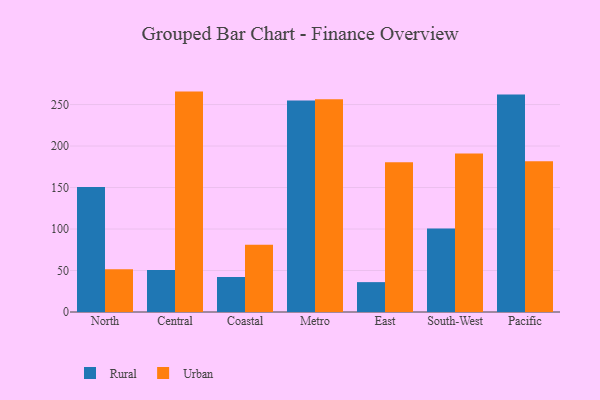
{"axis": {"x": "Region", "y": "Energy Usage (MWh)"}, "legend": ["Rural", "Urban"], "data": [{"x": "North", "y": 150.5, "type": "Rural"}, {"x": "North", "y": 51.5, "type": "Urban"}, {"x": "Central", "y": 50.7, "type": "Rural"}, {"x": "Central", "y": 265.6, "type": "Urban"}, {"x": "Coastal", "y": 42.2, "type": "Rural"}, {"x": "Coastal", "y": 81.1, "type": "Urban"}, {"x": "Metro", "y": 254.9, "type": "Rural"}, {"x": "Metro", "y": 256.4, "type": "Urban"}, {"x": "East", "y": 36.0, "type": "Rural"}, {"x": "East", "y": 180.4, "type": "Urban"}, {"x": "South-West", "y": 100.5, "type": "Rural"}, {"x": "South-West", "y": 191.0, "type": "Urban"}, {"x": "Pacific", "y": 262.0, "type": "Rural"}, {"x": "Pacific", "y": 181.6, "type": "Urban"}]}